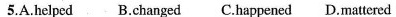
5.A.Helped B.Changed C.Happened D.Mattered